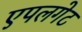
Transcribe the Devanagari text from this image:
एपलगेट